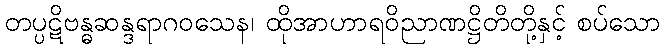
တပ္ပဋိဗန္ဓဆန္ဒရာဂဝသေန၊ ထိုအာဟာရဝိညာဏဋ္ဌိတိတို့နှင့် စပ်သော